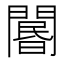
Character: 𨵽